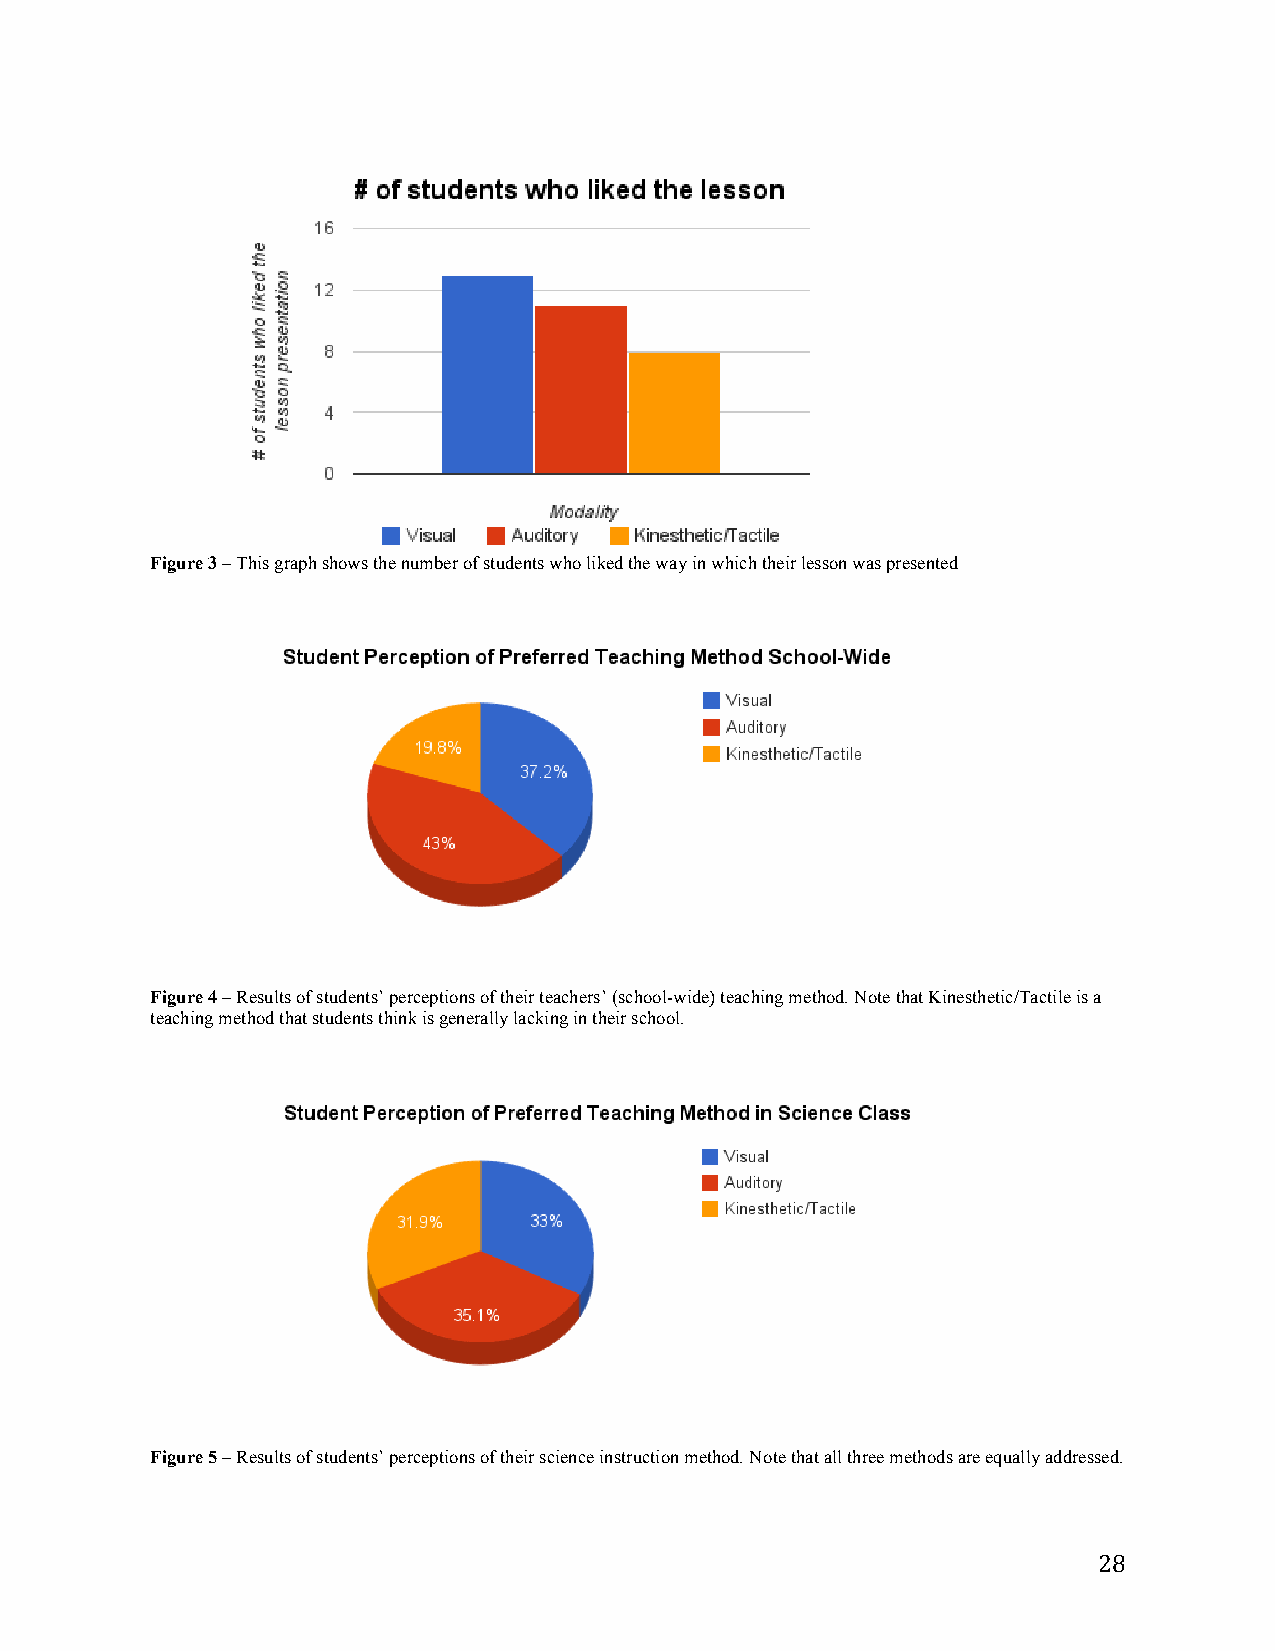
Figure 3 – This graph shows the number of students who liked the way in which their lesson was presented
 Figure 4 – Results of students’ perceptions of their teachers’ (school-wide) teaching method. Note that Kinesthetic/Tactile is a
 teaching method that students think is generally lacking in their school.
 Figure 5 – Results of students’ perceptions of their science instruction method. Note that all three methods are equally addressed.
 28